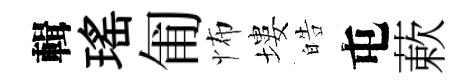
輯瑤匍怖塿皓屯蔌